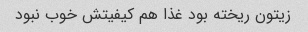
زیتون ریخته بود غذا هم کیفیتش خوب نبود